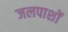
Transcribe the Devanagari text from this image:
जलपाशों